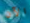
الآن